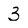
Character: 3